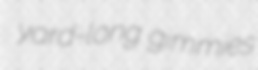
yard-long gimmies